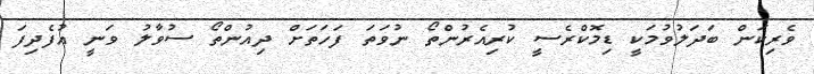
ވެރިކަން ބަދަލުވުމަކީ ޑިމޮކްރެސީ ކުރިއެރުންތޯ ނުވަތަ ފަހަތަށް ދިއުންތޯ ސުވާލު ވަނީ އުފެދިފަ